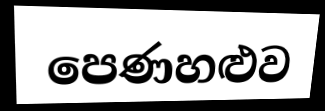
පෙණහළුව